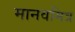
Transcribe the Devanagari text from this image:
मानवमित्र